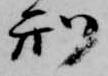
刑